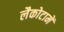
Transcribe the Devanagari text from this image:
लैकोटामें